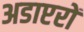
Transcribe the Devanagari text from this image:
अडाप्टरों